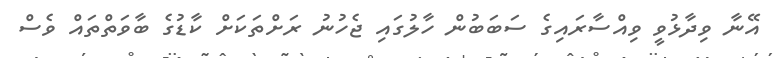
އޭނާ ވިދާޅުވީ ވިއްސާރައިގެ ސަބަބުން ހާލުގައި ޖެހުނު ރަށްތަކަށް ކާޑުގެ ބާވަތްތައް ވެސް